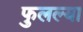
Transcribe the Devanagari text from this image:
फुलल्या